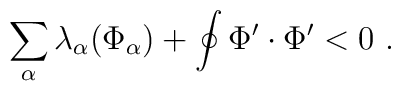
\sum_{\alpha} \lambda_\alpha(\Phi_\alpha)  + \oint\Phi'\cdot \Phi'  < 0 \ .